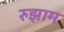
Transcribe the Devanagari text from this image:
रुझाम